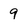
Character: 9